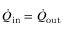
\dot { Q } _ { \mathrm { i n } } = \dot { Q } _ { \mathrm { o u t } }